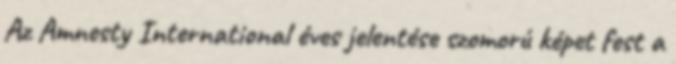
Az Amnesty International éves jelentése szomorú képet fest a